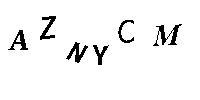
AZNYCM